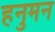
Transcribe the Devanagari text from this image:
हनुमन